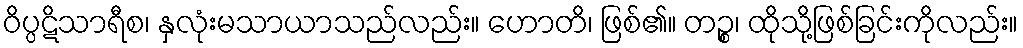
ဝိပ္ပဋိသာရီစ၊ နှလုံးမသာယာသည်လည်း။ ဟောတိ၊ ဖြစ်၏။ တဉ္စ၊ ထိုသို့ဖြစ်ခြင်းကိုလည်း။